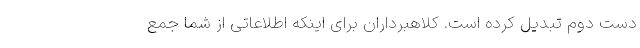
دست دوم تبدیل کرده است. کلاهبرداران برای اینکه اطلاعاتی از شما جمع